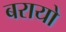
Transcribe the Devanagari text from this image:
बरायो